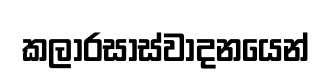
කලාරසාස්වාදනයෙන්